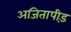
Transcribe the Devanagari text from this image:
अजितापीड़